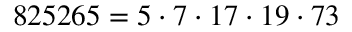
8 2 5 2 6 5 = 5 \cdot 7 \cdot 1 7 \cdot 1 9 \cdot 7 3